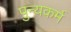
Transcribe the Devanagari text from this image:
पुन्यकर्म